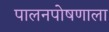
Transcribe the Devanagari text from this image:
पालनपोषणाला